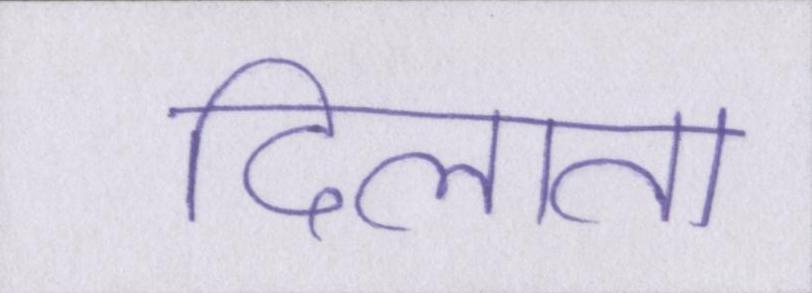
दिलाता